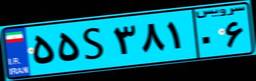
۵۵S۳۸۱۰۶